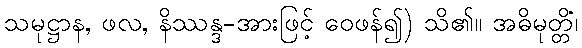
သမုဋ္ဌာန, ဖလ, နိဿန္ဒ-အားဖြင့် ဝေဖန်၍) သိ၏။ အဓိမုတ္တိံ၊